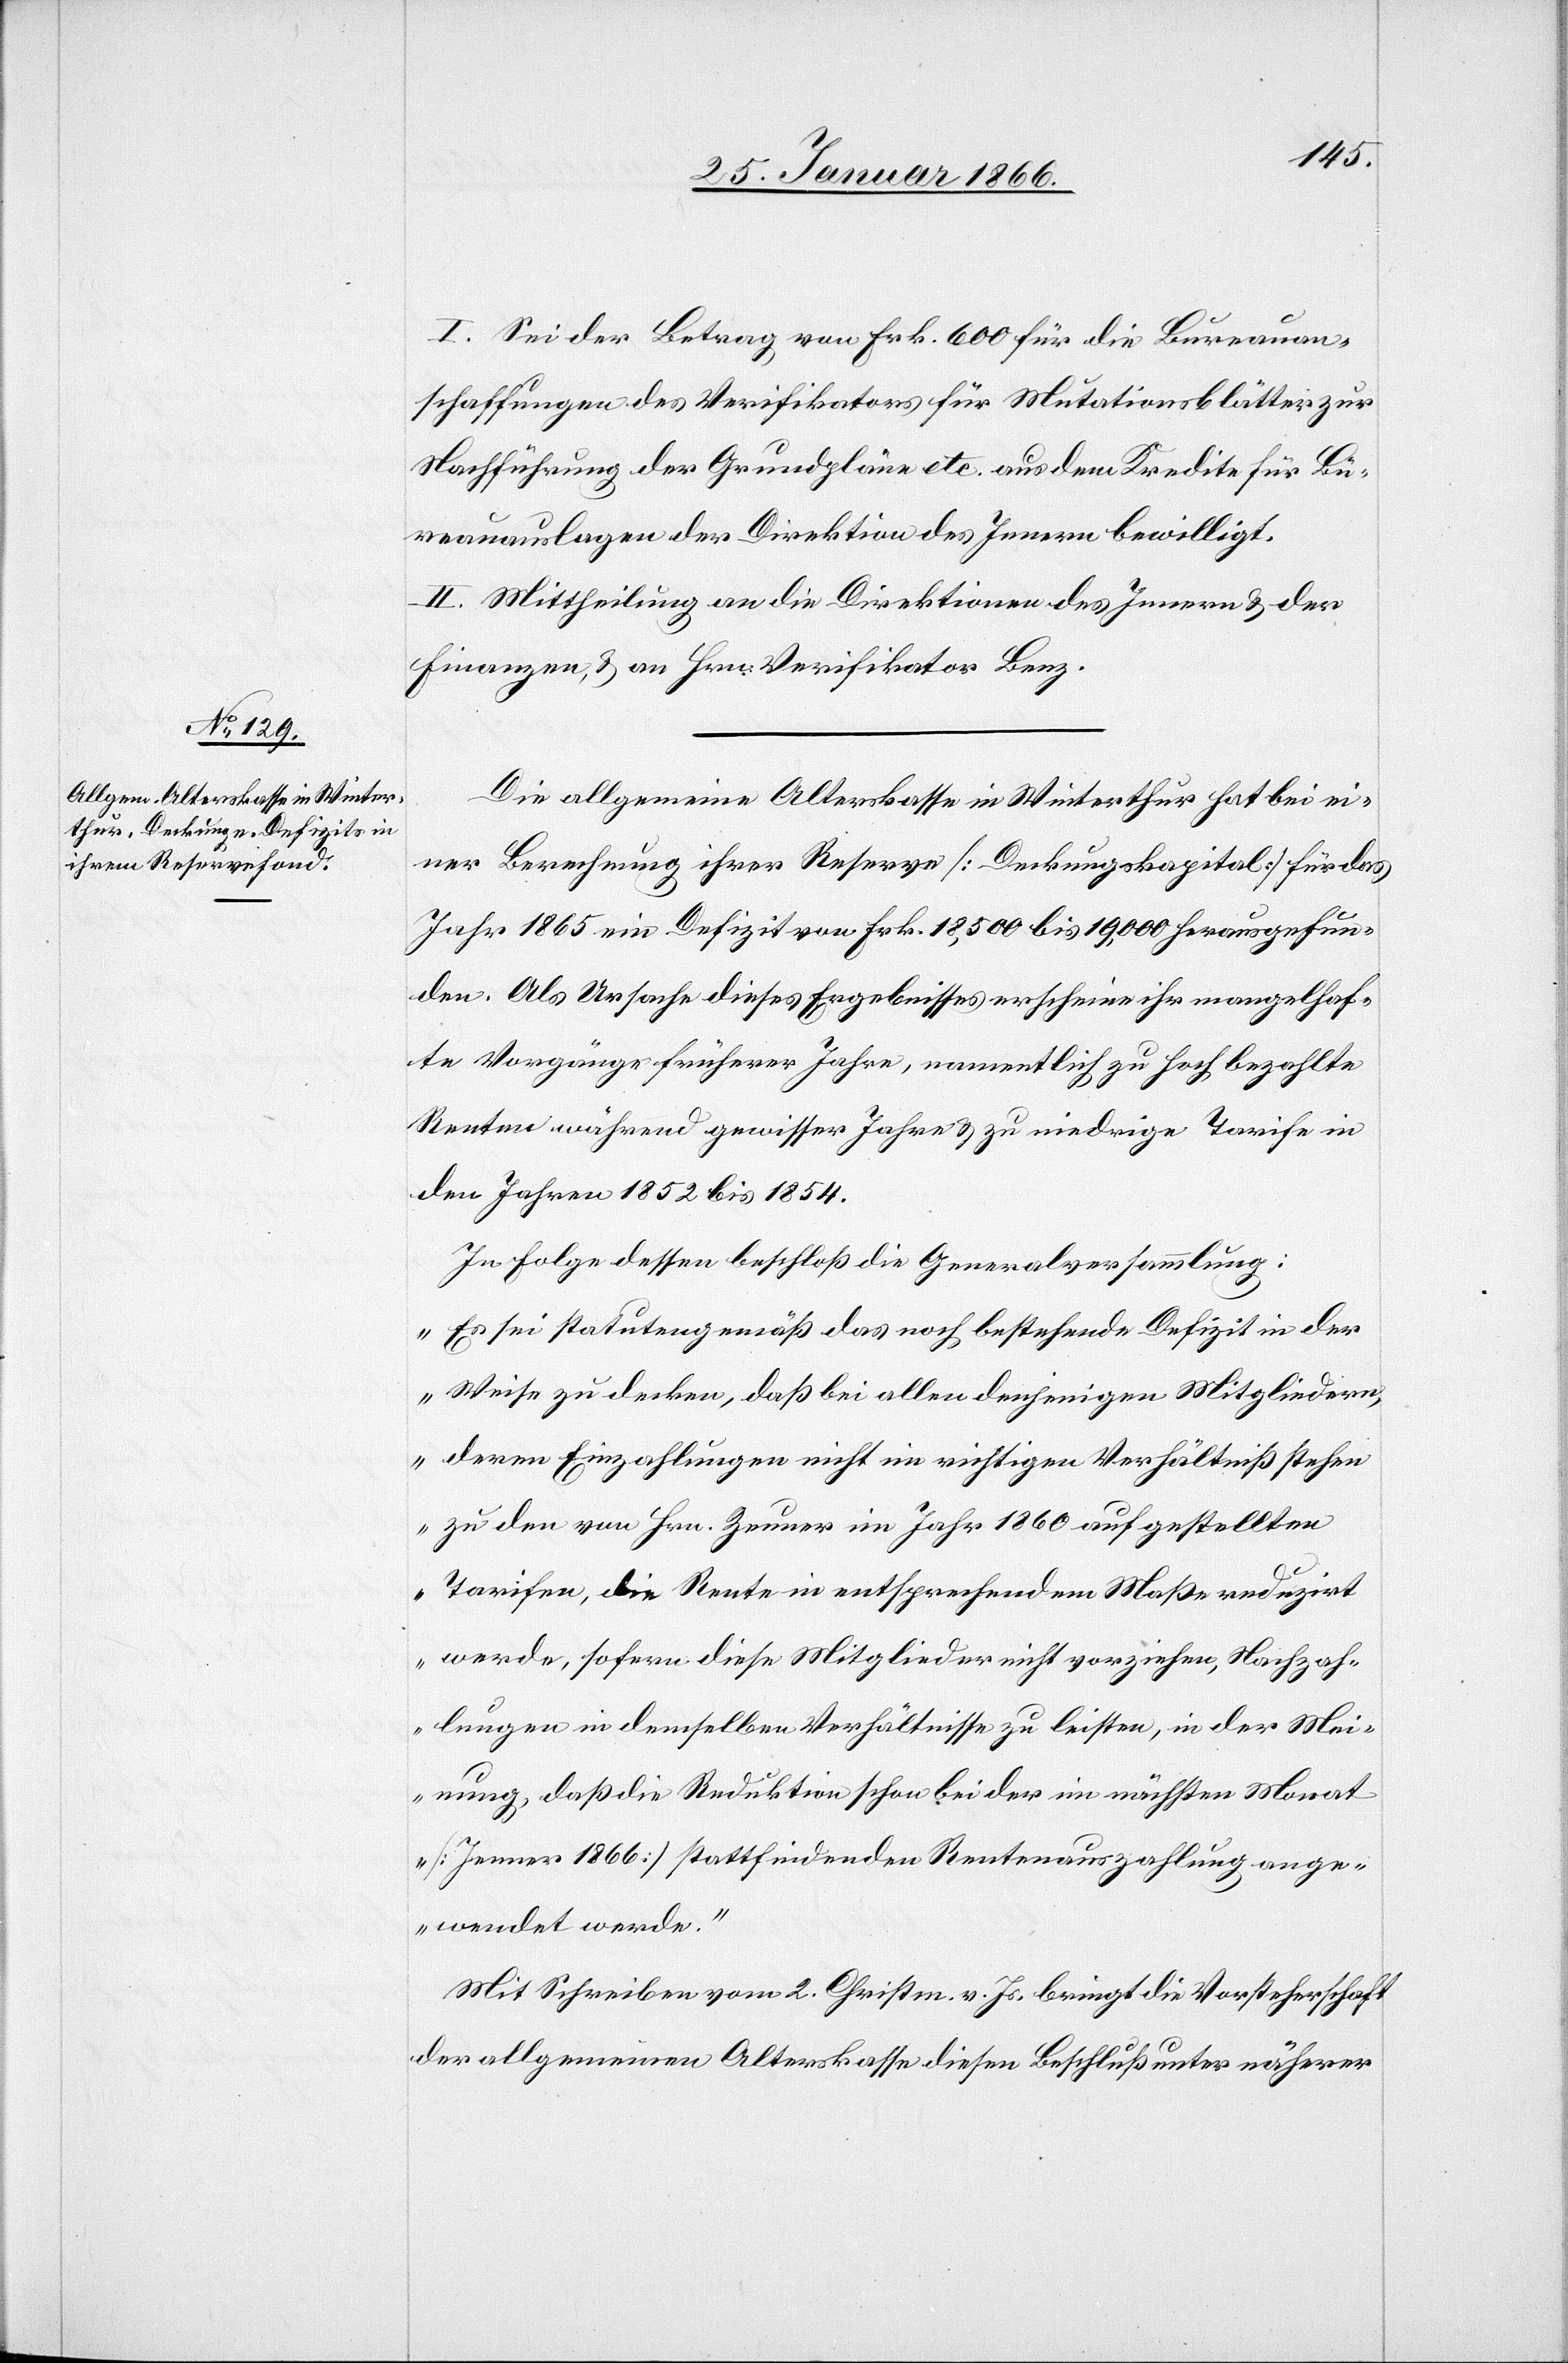
I. Sei der Betrag von Frk. 600 für die Bureauan¬
schaffungen des Verifikators für Mutationsblätter zur
Nachführung der Grundpläne etc. aus dem Kredite für Bu¬
reauauslagen der Direktion des Innern bewilligt.
II. Mittheilung an die Direktionen des Innern u. der
Finanzen, u, an den Hrn. Verifikator Benz.
Die allgemeine Alterskasse in Winterthur hat bei ei¬
ner Berechnung ihrer Reserve [Deckungskapital] für das
Jahr 1865 ein Defizit von Frk. 18,500 bis 19,000 herausgefun¬
den. Als Ursache dieses Ergebnisses erscheine ihr mangelhaf¬
te Vorgänge früherer Jahre, namentlich zu hoch bezahlte
Renten während gewissen Jahren u. zu niedrige Tarife in
den Jahren 1852 bis 1854.
In Folge dessen beschloß die Generalversammlung:
„Es sei statutengemäß das noch bestehend Defizit in der
Weise zu decken, daß bei allen denjenigen Mitgliedern,
deren Einzahlungen nicht im richtigen Verhältniß stehen
zu den von Hrn. Zeuner im Jahr 1860 aufgestellten
Tarifen, die Rente in entsprechendem Maße reduzirt
werde, sofern diese Mitglieder nicht vorziehen, Nachzah¬
lungen in demselben Verhältnisse zu leisten, in der Mei¬
nung, daß die Reduktion schon bei der im nächsten Monat
[Januar 1866] stattfindenden Rentenauszahlung ange¬
wendet werde.“
Mit Schreiben vom 2. Christm. v. Js. bringt die Vorsteherschaft
der allgemeinen Alterskasse diesen Beschluß unter näherer